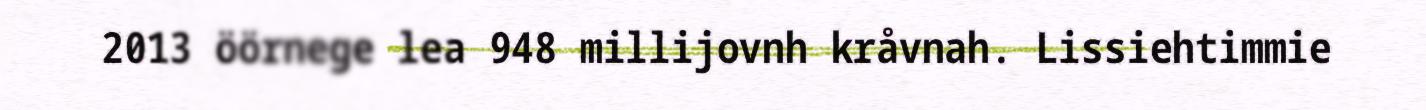
2013 öörnege lea 948 millijovnh kråvnah. Lissiehtimmie